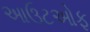
આઉટઓફ